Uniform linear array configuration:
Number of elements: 48
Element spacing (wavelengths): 0.25
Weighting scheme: cosine
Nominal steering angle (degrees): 15
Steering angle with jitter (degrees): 15.037
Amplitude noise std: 0.05
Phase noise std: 0.05

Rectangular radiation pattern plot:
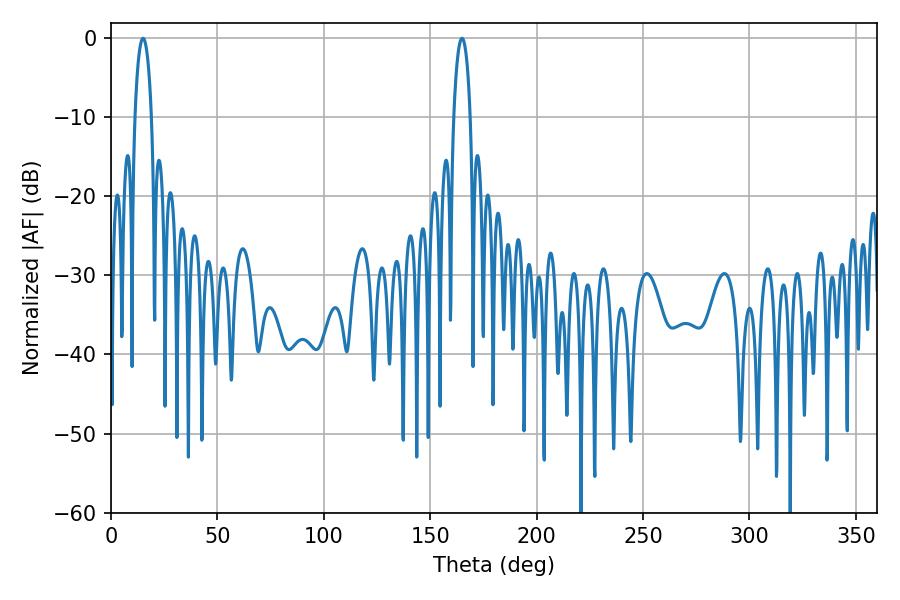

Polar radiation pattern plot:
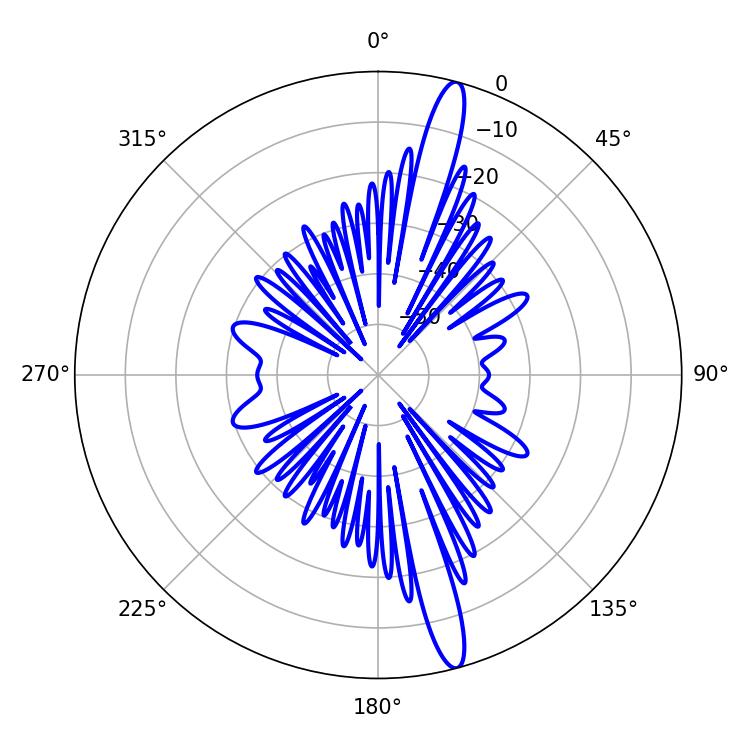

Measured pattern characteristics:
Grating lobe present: FALSE
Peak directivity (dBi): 16.506
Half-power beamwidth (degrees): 4.32
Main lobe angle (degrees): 15.12